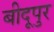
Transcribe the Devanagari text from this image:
बीदूपुर